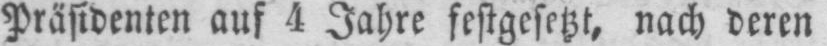
Präsidenten auf 4 Jahre festgesetzt, nach deren